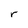
Character: r